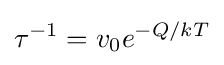
\tau ^{-1}=v_{0}e^{-Q/kT}